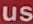
us